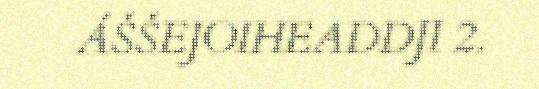
ÁŠŠEJOIHEADDJI 2.